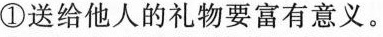
①送给他人的礼物要富有意义。